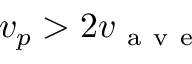
v _ { p } > 2 v _ { \mathrm { ~ a ~ v ~ e ~ } }